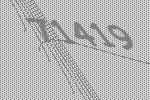
71419